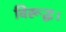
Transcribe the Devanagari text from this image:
विरूद्ध।